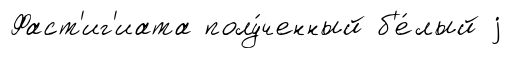
Фаст'иг'иата полу́ченный б'е́лый j